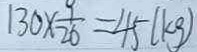
1 3 0 \times \frac { 9 } { 2 6 } = 4 5 ( k g )